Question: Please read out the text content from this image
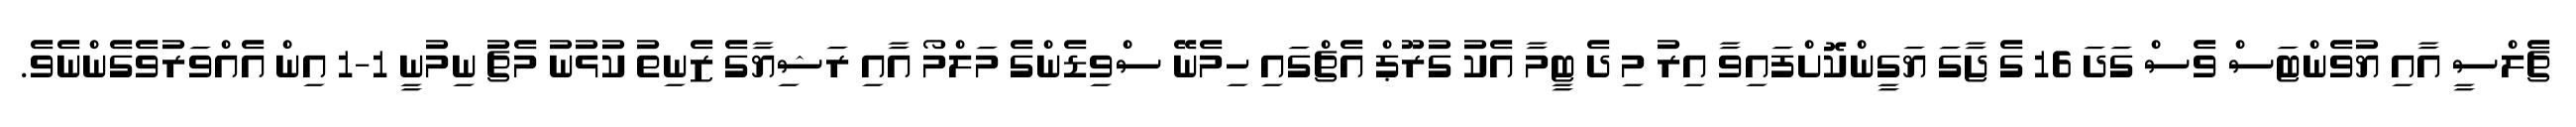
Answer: ޗެލްސީ އާއި ޔުވެންޓަސް ވެސް ގަދަ 16 ގެ ޖާގަ ޔަގީންކޮށްފައިވާ އިރު މި ދެ ޓީމާ އެކު ގުރޫޕް އެޗްގައި ހިމެނޭ ސްވިޑެންގެ މަލްމޯ އާއި ރަޝިޔާގެ ޒެނިތު ކުޅުނު މެޗު ނިމުނީ 1-1 އިން އެއްވަރުވެގެންނެވެ.